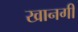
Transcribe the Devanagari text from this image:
खानगी